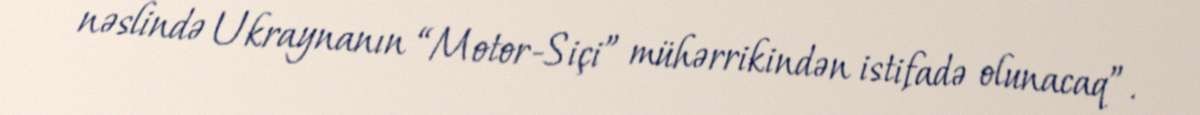
nəslində Ukraynanın “Motor-Siçi” mühərrikindən istifadə olunacaq”.